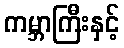
ကမ္ဘာကြီးနှင့်